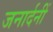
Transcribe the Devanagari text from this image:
जनार्दनीं